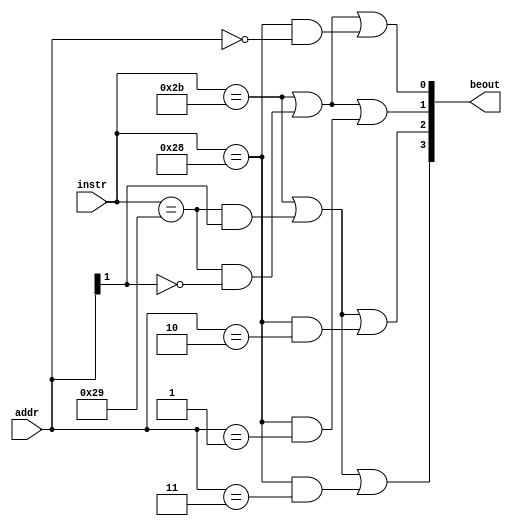
module BEUnit(addr,instr,beout);
    input [1:0]addr;
    input [5:0]instr;
    output [3:0]beout;

    assign beout[3] = (instr==6'h2b) || (instr==6'h29&&addr[1]==1) || (instr==6'h28&&addr==2'b11);
    assign beout[2] = (instr==6'h2b) || (instr==6'h29&&addr[1]==1) || (instr==6'h28&&addr==2'b10);
    assign beout[1] = (instr==6'h2b) || (instr==6'h29&&addr[1]==0) || (instr==6'h28&&addr==2'b01);
    assign beout[0] = (instr==6'h2b) || (instr==6'h29&&addr[1]==0) || (instr==6'h28&&addr==2'b00);
endmodule